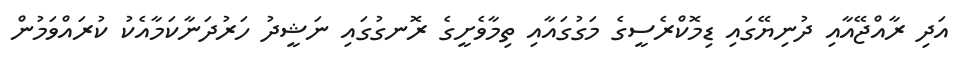
އަދި ރާއްޖޭއާއި ދުނިޔޭގައި ޑިމޮކްރެސީގެ މަގުގައާއި ތިމާވެށީގެ ރޮނގުގައި ނަޝީދު ހަރުދަނާކަމާއެކު ކުރައްވަމުން